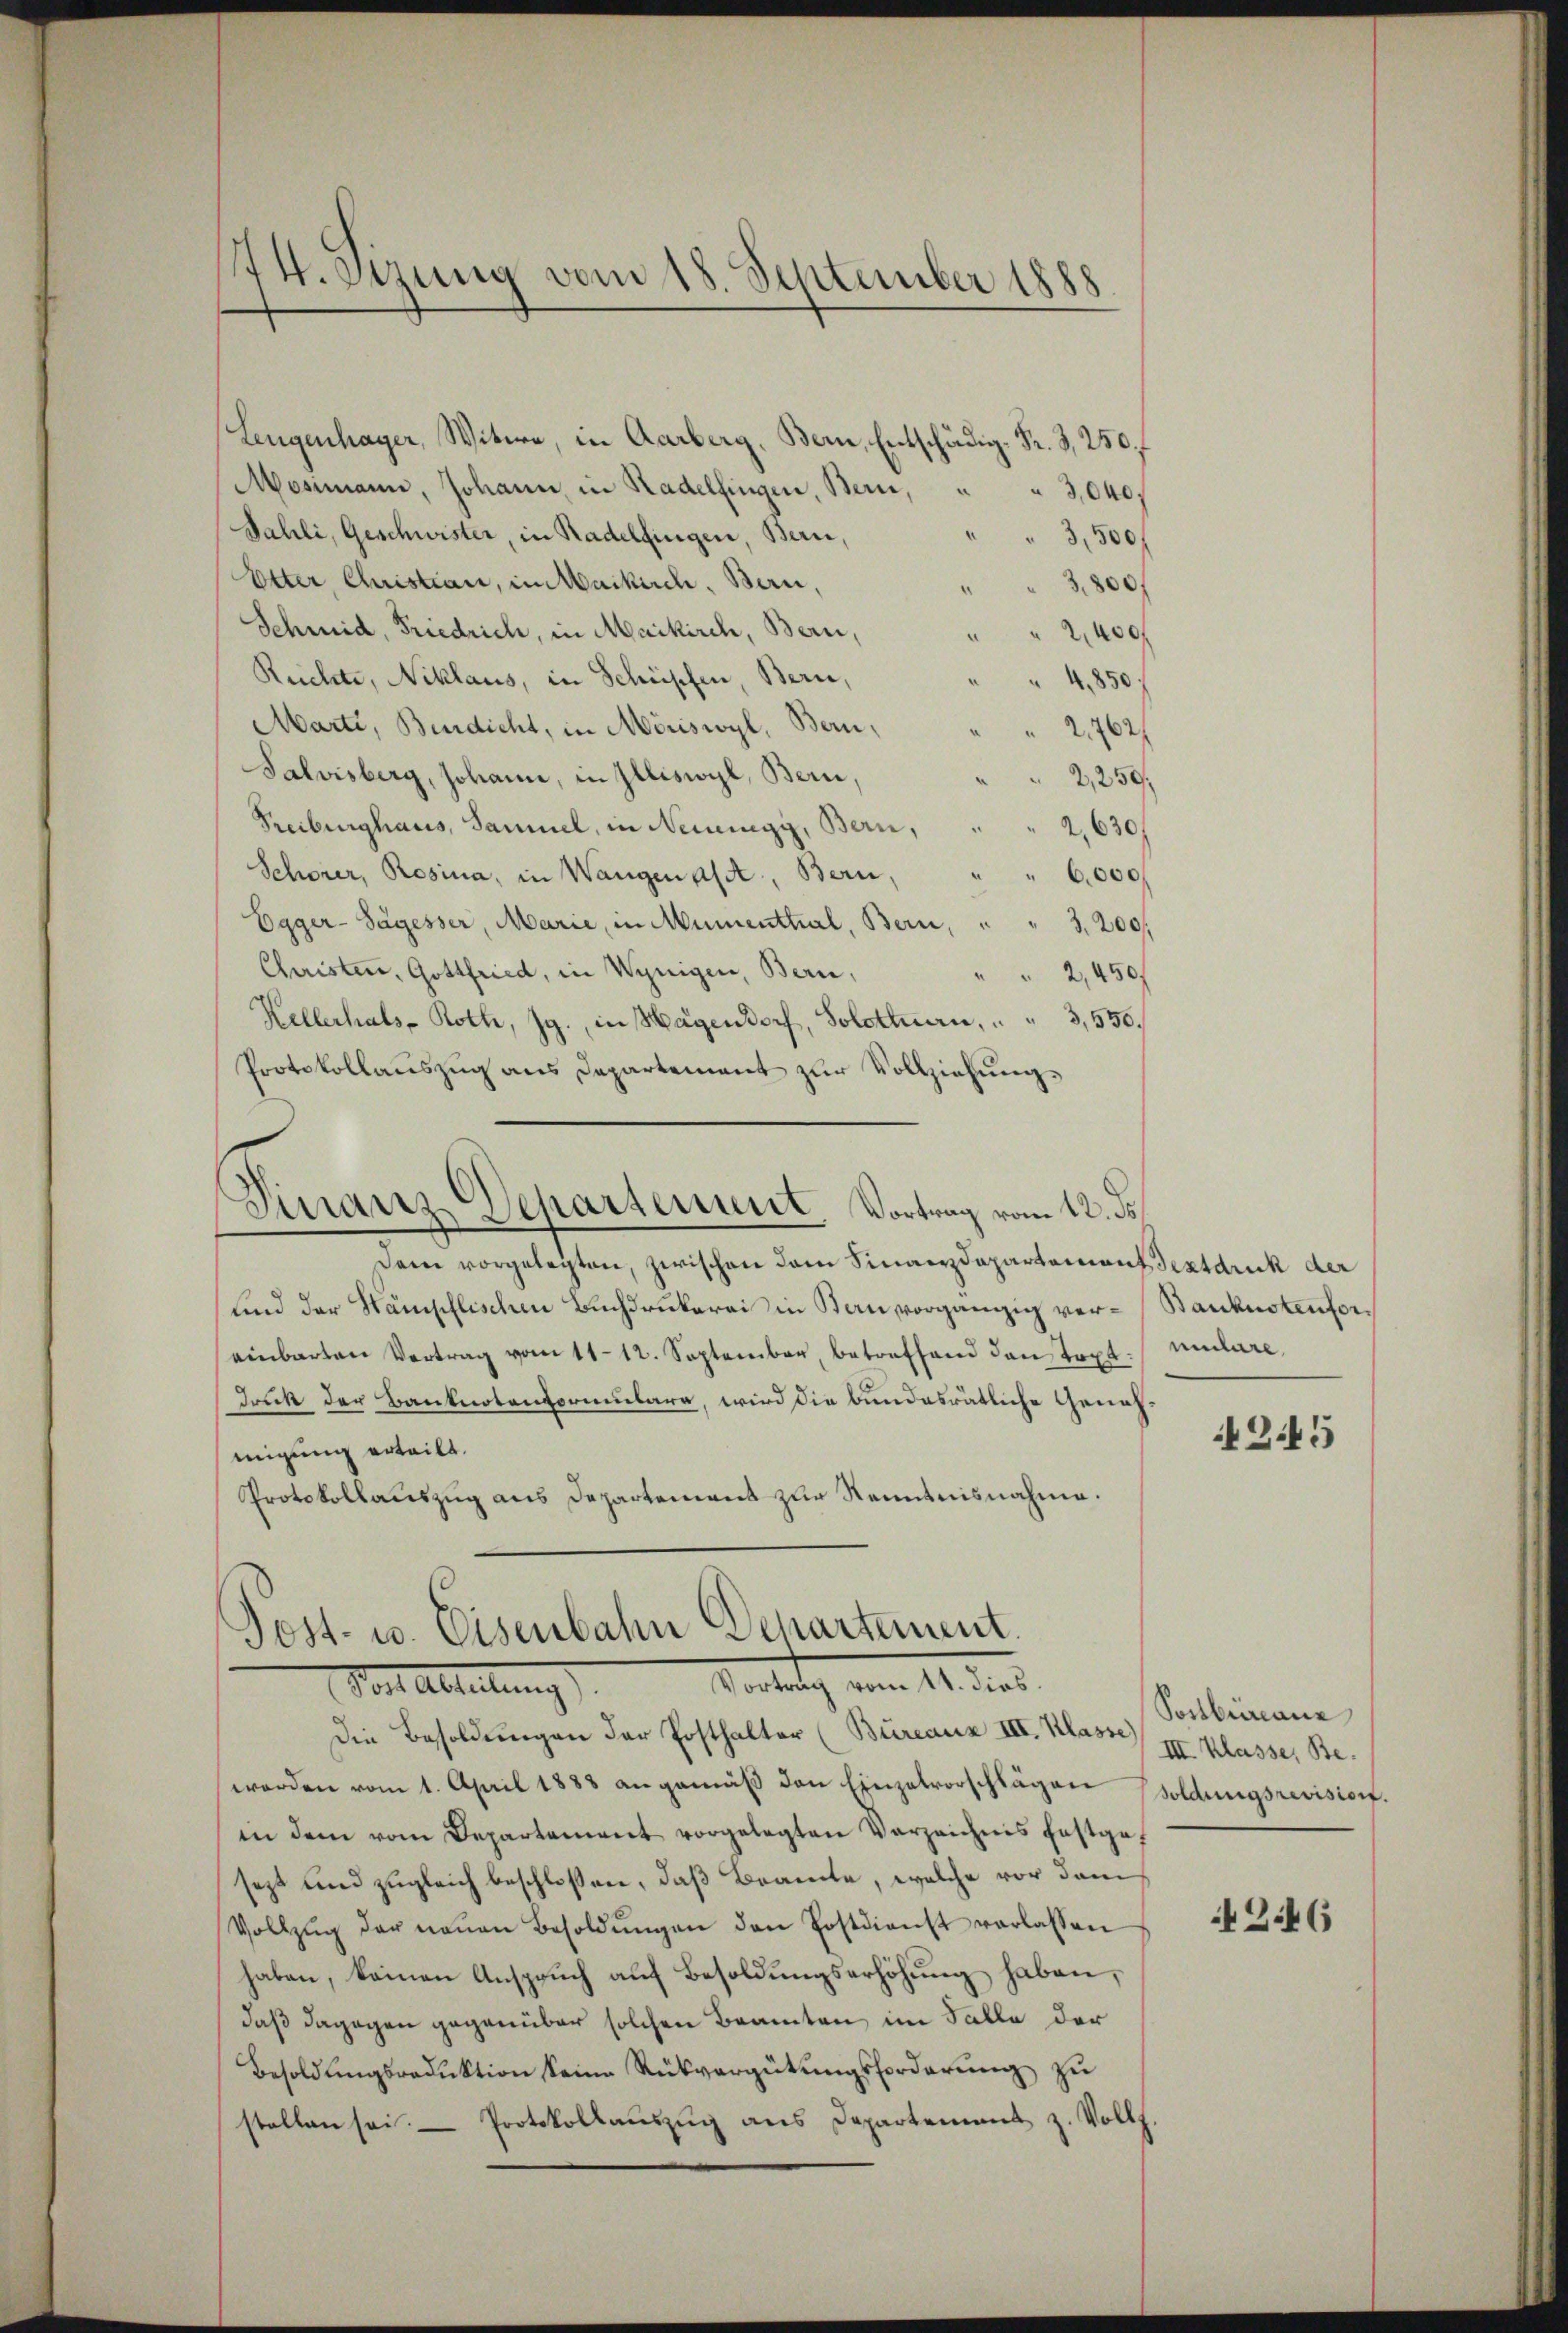
474. Sina vom 18. September 1888

Leugenhager, Witwe, in Aarberg, Bern, Entschädig. Fr. 3, 250.
Mosimann, Johann, in Radelfingen, Bern, " " 3,040.
Jahli, Geschwister, in Radelfingen, Bern,
" 3,500 f
Etter, Christian, im Maikuch, Bern,
" " 3,800f
Schmid, Friedrich, in Maikirch, Bern,
2,400
Reichte, Niklaus, in Schüssen, Bern,
4,850)
Marti, Bindicht, in Möriswyl, Bern,
2762/
Salvisberg, solame, in Illiswyl, Bern,
2,250f
Freiburghaus, Sammel, in Neuigy, Bern,
2,630
Schorer, Rosina, in Wangen alt, Bern, " " 6000
Egger- Sagesser, Marie, in Mumenthal, Bern, " " 3,200
Christen, Gottfried, in Wenigen, Bern,
" 2,450f
Hellerhals Roth, Jg., in Hagendorf, Solottan, " " 3,550.
Protokollauszug aus Departement zur Vollziehung

Finanz-Departement, Vortrag vom 12. ds

Post- u. Eisenbahn Departement.
Vortrag vom 14. dies
Noch Abteilung

Dem vorgelegten, zwischen dem Finanzdepartement Textdruck der
und der Nämpflischen Buchdrukerei in Bern vorgängig vereinbarten Vertrag vom 11. 12. September, betreffend den Topt.
druck der Banknotenformulara, wird die bundesrätliche Genehmigung erteilt.
Protokollauszug aus Departement zur Kenntnisnahme.

Die Besoldungen der Posthalter (Bureaux III. Klasse
werden vom 1. April 1888 angemäβ den Einzelvorschlägen soldungsrevisiorf.
in dem vom Departement vorgelegten Verzeichnis festgef
sezt und zugleich beschlossen, daß Beamte, welche vor dem
Vollzŭg der neŭen Besoldŭngen den Postdienst verlassen
haben, keinen Anspruch auf Besoldungserhöhung haben,
daß dagegen gegenüber solchen Beamten im Falle der
Besoldŭngsradŭktion seine Rückvergütŭngsforderŭng zu
stellen sei. Protokollauszug aus Departement z. Vollf

Baukostenformulare

245

Postbureau
III. Klasse, Be¬

246